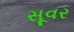
સૂવર